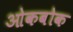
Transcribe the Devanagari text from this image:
ओकबोक